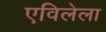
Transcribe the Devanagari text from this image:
एविलेला